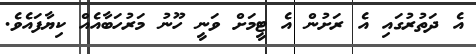
އެ ދަތުރުގައި އެ ރަށުން އެ ޓީމަށް ވަނީ ހޫނު މަރުހަބާއެއް ކިޔާފައެވެ.